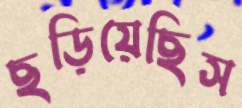
ছড়িয়েছিস